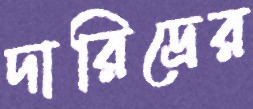
দারিদ্রের